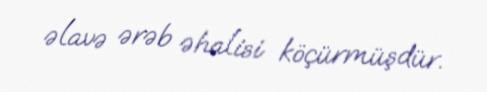
əlavə ərəb əhalisi köçürmüşdür.